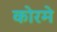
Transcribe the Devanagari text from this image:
कोरमे